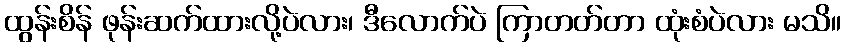
ထွန်းစိန် ဖုန်းဆက်ထားလို့ပဲလား၊ ဒီလောက်ပဲ ကြာတတ်တာ ထုံးစံပဲလား မသိ။